Bombay plague: being a history of the progress of plague in the Bombay presidency from September 1896 to June 1899
Year: 1896
Disease focus: Plague
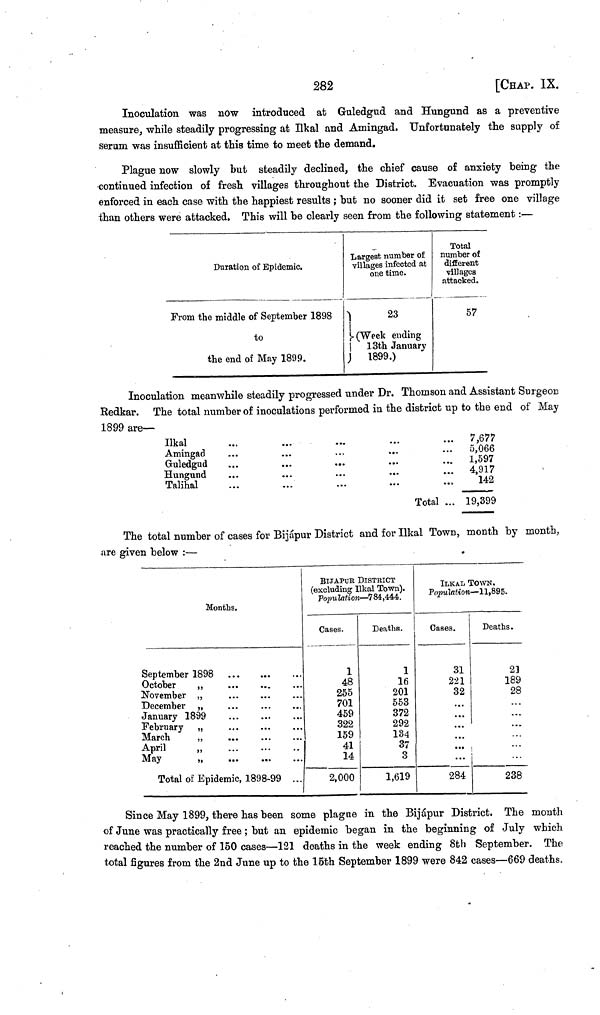
282
[CHAP. IX.
Inoculation was now introduced at Guledgud and Hungund as a preventive
measure, while steadily progressing at Ilkal and Amingad. Unfortunately the supply of
serum was insufficient at this time to meet the demand.
Plague now slowly but steadily declined, the chief cause of anxiety being the
continued infection of fresh villages throughout the District. Evacuation was promptly
enforced in each case with the happiest results ; but no sooner did it set free one village
than others were attacked. This will be clearly seen from the following statement :—
Duration of Epidemic.
From the middle of September 1898
to
the end of May 1899.
Largest number of
villages infected at
one time.
23
Week
ending
13th January
1899.)
Total
number of
different
villages
attacked.
57
Inoculation meanwhile steadily progressed under Dr. Thomson and Assistant Surgeon
Redkar. The total number of inoculations performed in the district up to the end of May
1899 are—
Ilkal
Amingad
Guledgud
Hungund
Talihal
...
...
...
...
...
...
...
...
...
...
...
...
...
Total ...
7,677
5,066
1,597
4,917
142
19,399
The total number of cases for Bijapur District and for Ilkal Town, month by month,
are given below :—
Months
September 1898
October
November
December
January 1899
February
March
April
May
Total of Epidemic, 1898-99 ...
BIJAPUR DISTRICT
(excluding Ilkal Town).
Population — 784,444.
Cases.
1
48
255
701
459
322
159
41
14
2,000
Deaths.
1
16
201
553
372
292
134
37
3
1,619
ILKAL TOWN.
Population — 11,895.
Cases.
31
221
32
284
Deaths.
2]
189
28
...
...
...
238
Since May 1899, there has been some plague in the Bijápur District. The month
of June was practically free ; but an epidemic began in the beginning of July which
reached the number of 150 cases—121 deaths in the week ending 8th September. The
total figures from the 2nd June up to the 15th September 1899 were 842 cases—669 deaths.